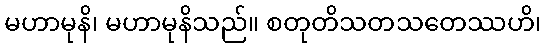
မဟာမုနိ၊ မဟာမုနိသည်။ စတုတိသတသတေဿဟိ၊